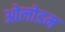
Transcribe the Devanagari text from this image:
ओलोडम